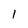
Character: l